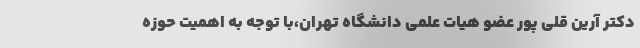
دکتر آرین قلی پور عضو هیات علمی دانشگاه تهران،با توجه به اهمیت حوزه